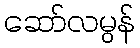
ဆော်လမွန်